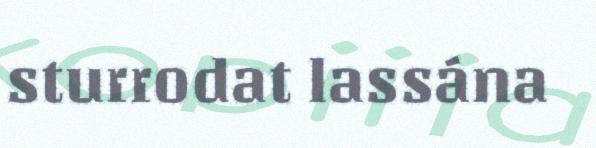
sturrodat lassána